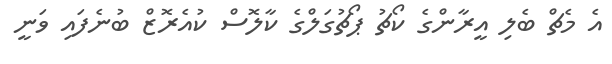
އެ މެޗް ބެލި އީރާންގެ ކޯޗު ޕޯޗުގަލްގެ ކާލޮސް ކުއެރޮޒް ބުނެފައި ވަނީ